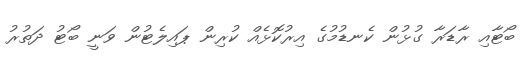
ބޯޓާއި ރާޑަރާ ގުޅުން ކެނޑުމުގެ އިރުކޮޅެއް ކުރިން ޕައިލެޓުން ވަނީ ބޯޓު ދަތުރު